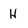
Character: H